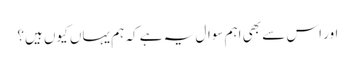
اور اس سے بھی اہم سوال یہ ہے کہ ہم یہاں کیوں ہیں؟